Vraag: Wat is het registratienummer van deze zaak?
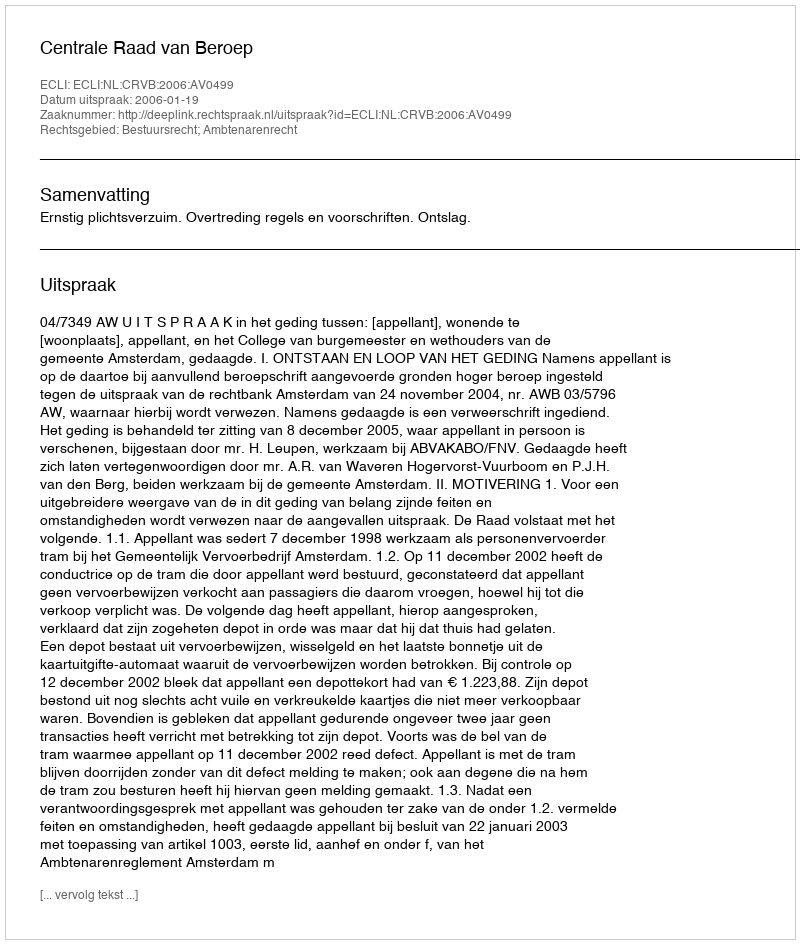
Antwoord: http://deeplink.rechtspraak.nl/uitspraak?id=ECLI:NL:CRVB:2006:AV0499